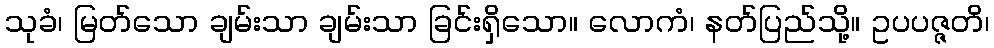
သုခံ၊ မြတ်သော ချမ်းသာ ချမ်းသာ ခြင်းရှိသော။ လောကံ၊ နတ်ပြည်သို့။ ဥပပဇ္ဇတိ၊